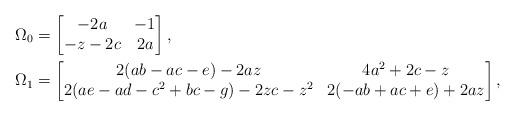
LaTeX: \begin{align*}\Omega_0&=\begin{bmatrix}-2a & -1 \\ -z-2c & 2a\end{bmatrix},\\\Omega_1&=\begin{bmatrix} 2 (a b-ac-e)-2 a z & 4 a^2+2 c-z \\ 2 (a e-ad- c^2+ b c- g)-2 z c-z^2 & 2 (-a b+a c+e)+2 a z \end{bmatrix},\end{align*}